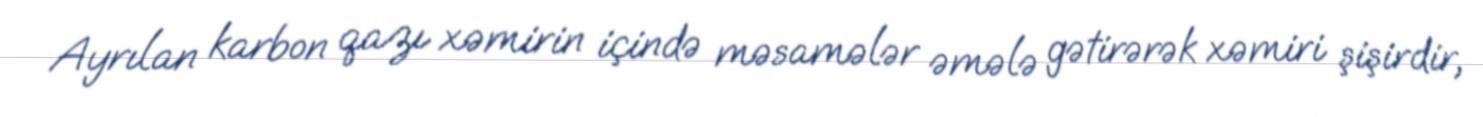
Ayrılan karbon qazı xəmirin içində məsamələr əmələ gətirərək xəmiri şişirdir,